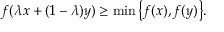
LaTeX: f ( \lambda x + ( 1 - \lambda ) y ) \geq \operatorname* { m i n } { \big \{ } f ( x ) , f ( y ) { \big \} } .